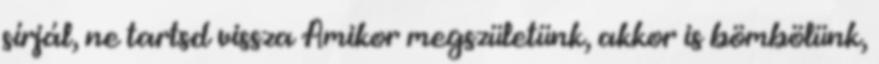
sírjál, ne tartsd vissza Amikor megszületünk, akkor is bömbölünk,